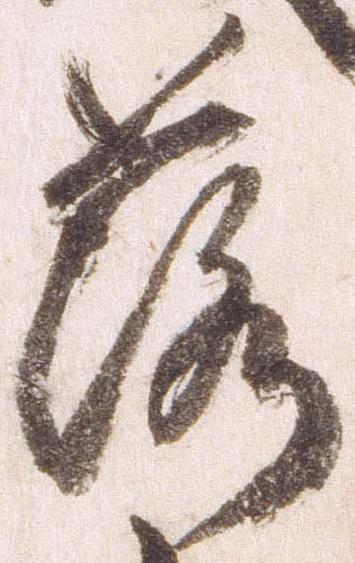
落